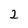
Character: 2